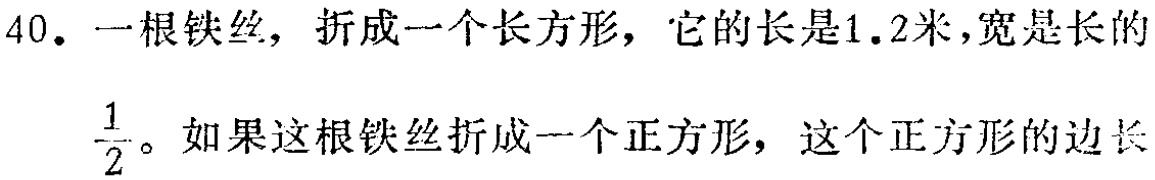
40. 一根铁丝，折成一个长方形，它的长是1.2米，宽是长的$\frac{1}{2}$。如果这根铁丝折成一个正方形，这个正方形的边长